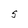
Character: S